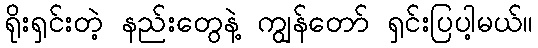
ရိုးရှင်းတဲ့ နည်းတွေနဲ့ ကျွန်တော် ရှင်းပြပါ့မယ်။